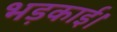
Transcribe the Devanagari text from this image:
भड़काई।